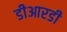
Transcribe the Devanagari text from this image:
डीआरडी